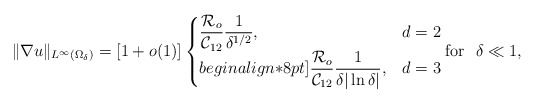
\begin{align*} \|\nabla u\|_{L^\infty(\Omega_\delta)}=\left[1+o(1)\right]\begin{cases}\displaystyle \frac{\mathcal{R}_o}{\mathcal{C}_{12}}\frac{1}{\delta^{1/2}}, & d=2\\begin{align*}8pt]\displaystyle \frac{\mathcal{R}_o}{\mathcal{C}_{12}}\frac{1}{ \delta |\ln \delta|}, & d=3\end{cases}\mbox{for }~\delta\ll 1,\end{align*}